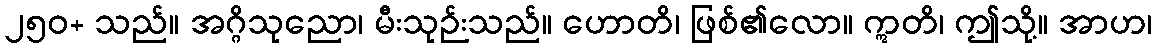
၂၅၀+ သည်။ အဂ္ဂိသုညော၊ မီးသုဉ်းသည်။ ဟောတိ၊ ဖြစ်၏လော။ ဣတိ၊ ဤသို့။ အာဟ၊